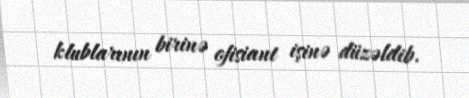
klublarının birinə ofisiant işinə düzəldib.